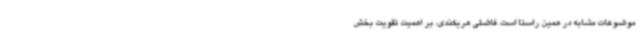
موضوعات مشابه در همین راستا است. فاضلی هریکندی، بر اهمیت تقویت بخش